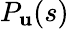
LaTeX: P_{\mathbf{u}}(s)